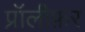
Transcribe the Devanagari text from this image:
प्रॉलीफ़र